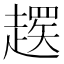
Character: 𬦚